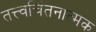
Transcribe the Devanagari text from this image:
तत्त्वचिंतनात्मक